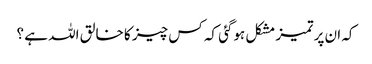
کہ ان پر تمیز مشکل ہوگئی کہ کس چیز کا خالق اللہ ہے ؟